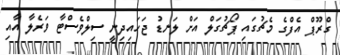
ގްރޫޕް އެފްގެ މެޗުގައި ޕޯޗުގަލް އަށް ލަނޑު ޖަހައިދިނީ ސިލްވެސްޓާ ވަރެލާ އާއި